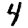
Digit: 4